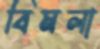
বিমলা